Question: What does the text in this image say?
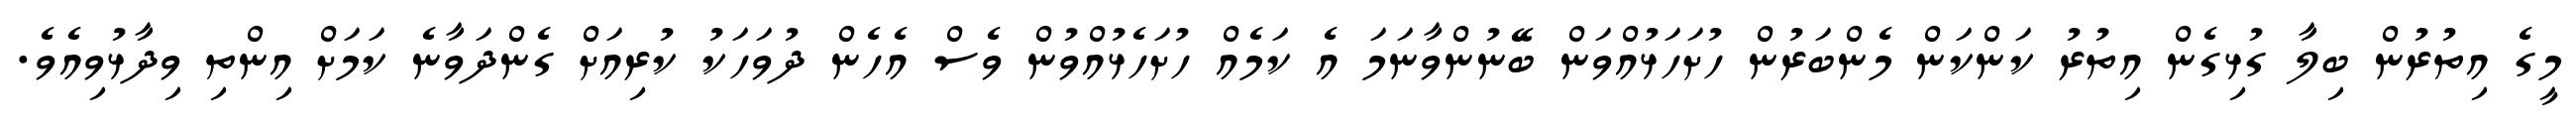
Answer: މީގެ އިތުރުން ބިލާ ގުޅިގެން އިތުރު ކަންކަން މެންބަރުން ހުށަހަޅުއްވަން ބޭނުންވާނަމަ އެ ކަމެއް ހުށަހެޅުއްވުން ވެސް އެހެން ދުވަހަކު ކުރިއަށް ގެންދަވާނެ ކަމަށް އިންތި ވިދާޅުވިއެވެ.